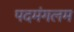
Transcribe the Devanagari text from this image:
पदमंगलम